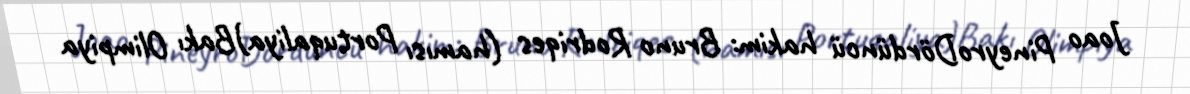
Joao PineyroDördüncü hakim: Bruno Rodriqes (hamısı Portuqaliya)Bakı Olimpiya